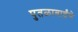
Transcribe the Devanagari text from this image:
पुतळाबाईंचे